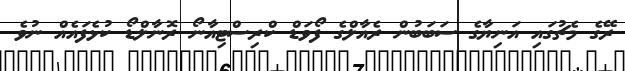
ރޭގެ މެޗުގައި އަނިޔާގެ ސަބަބުން ރެއާލްގެ ފޯވަޑް ކްރިސްޓިއާނޯ ރޮނާލްޑޯ ކުޅެފައެއް ނުވެ